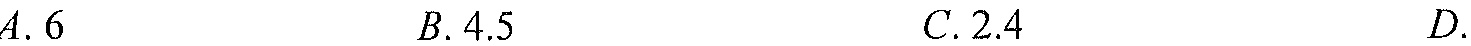
$A. 6\quad B. 4.5\quad C. 2.4\quad D.$